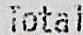
TOTAL